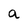
Character: a